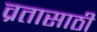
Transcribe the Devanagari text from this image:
व्रतासाठी